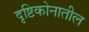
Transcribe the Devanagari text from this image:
दृष्टिकोनातील